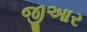
જીઆર